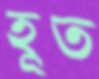
হূত